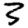
Digit: 3